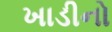
ખાડીનો